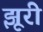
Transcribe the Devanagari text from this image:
झूरी